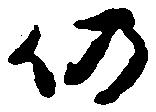
仍